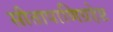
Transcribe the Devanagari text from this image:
सीतापाणिग्रहेष्ट